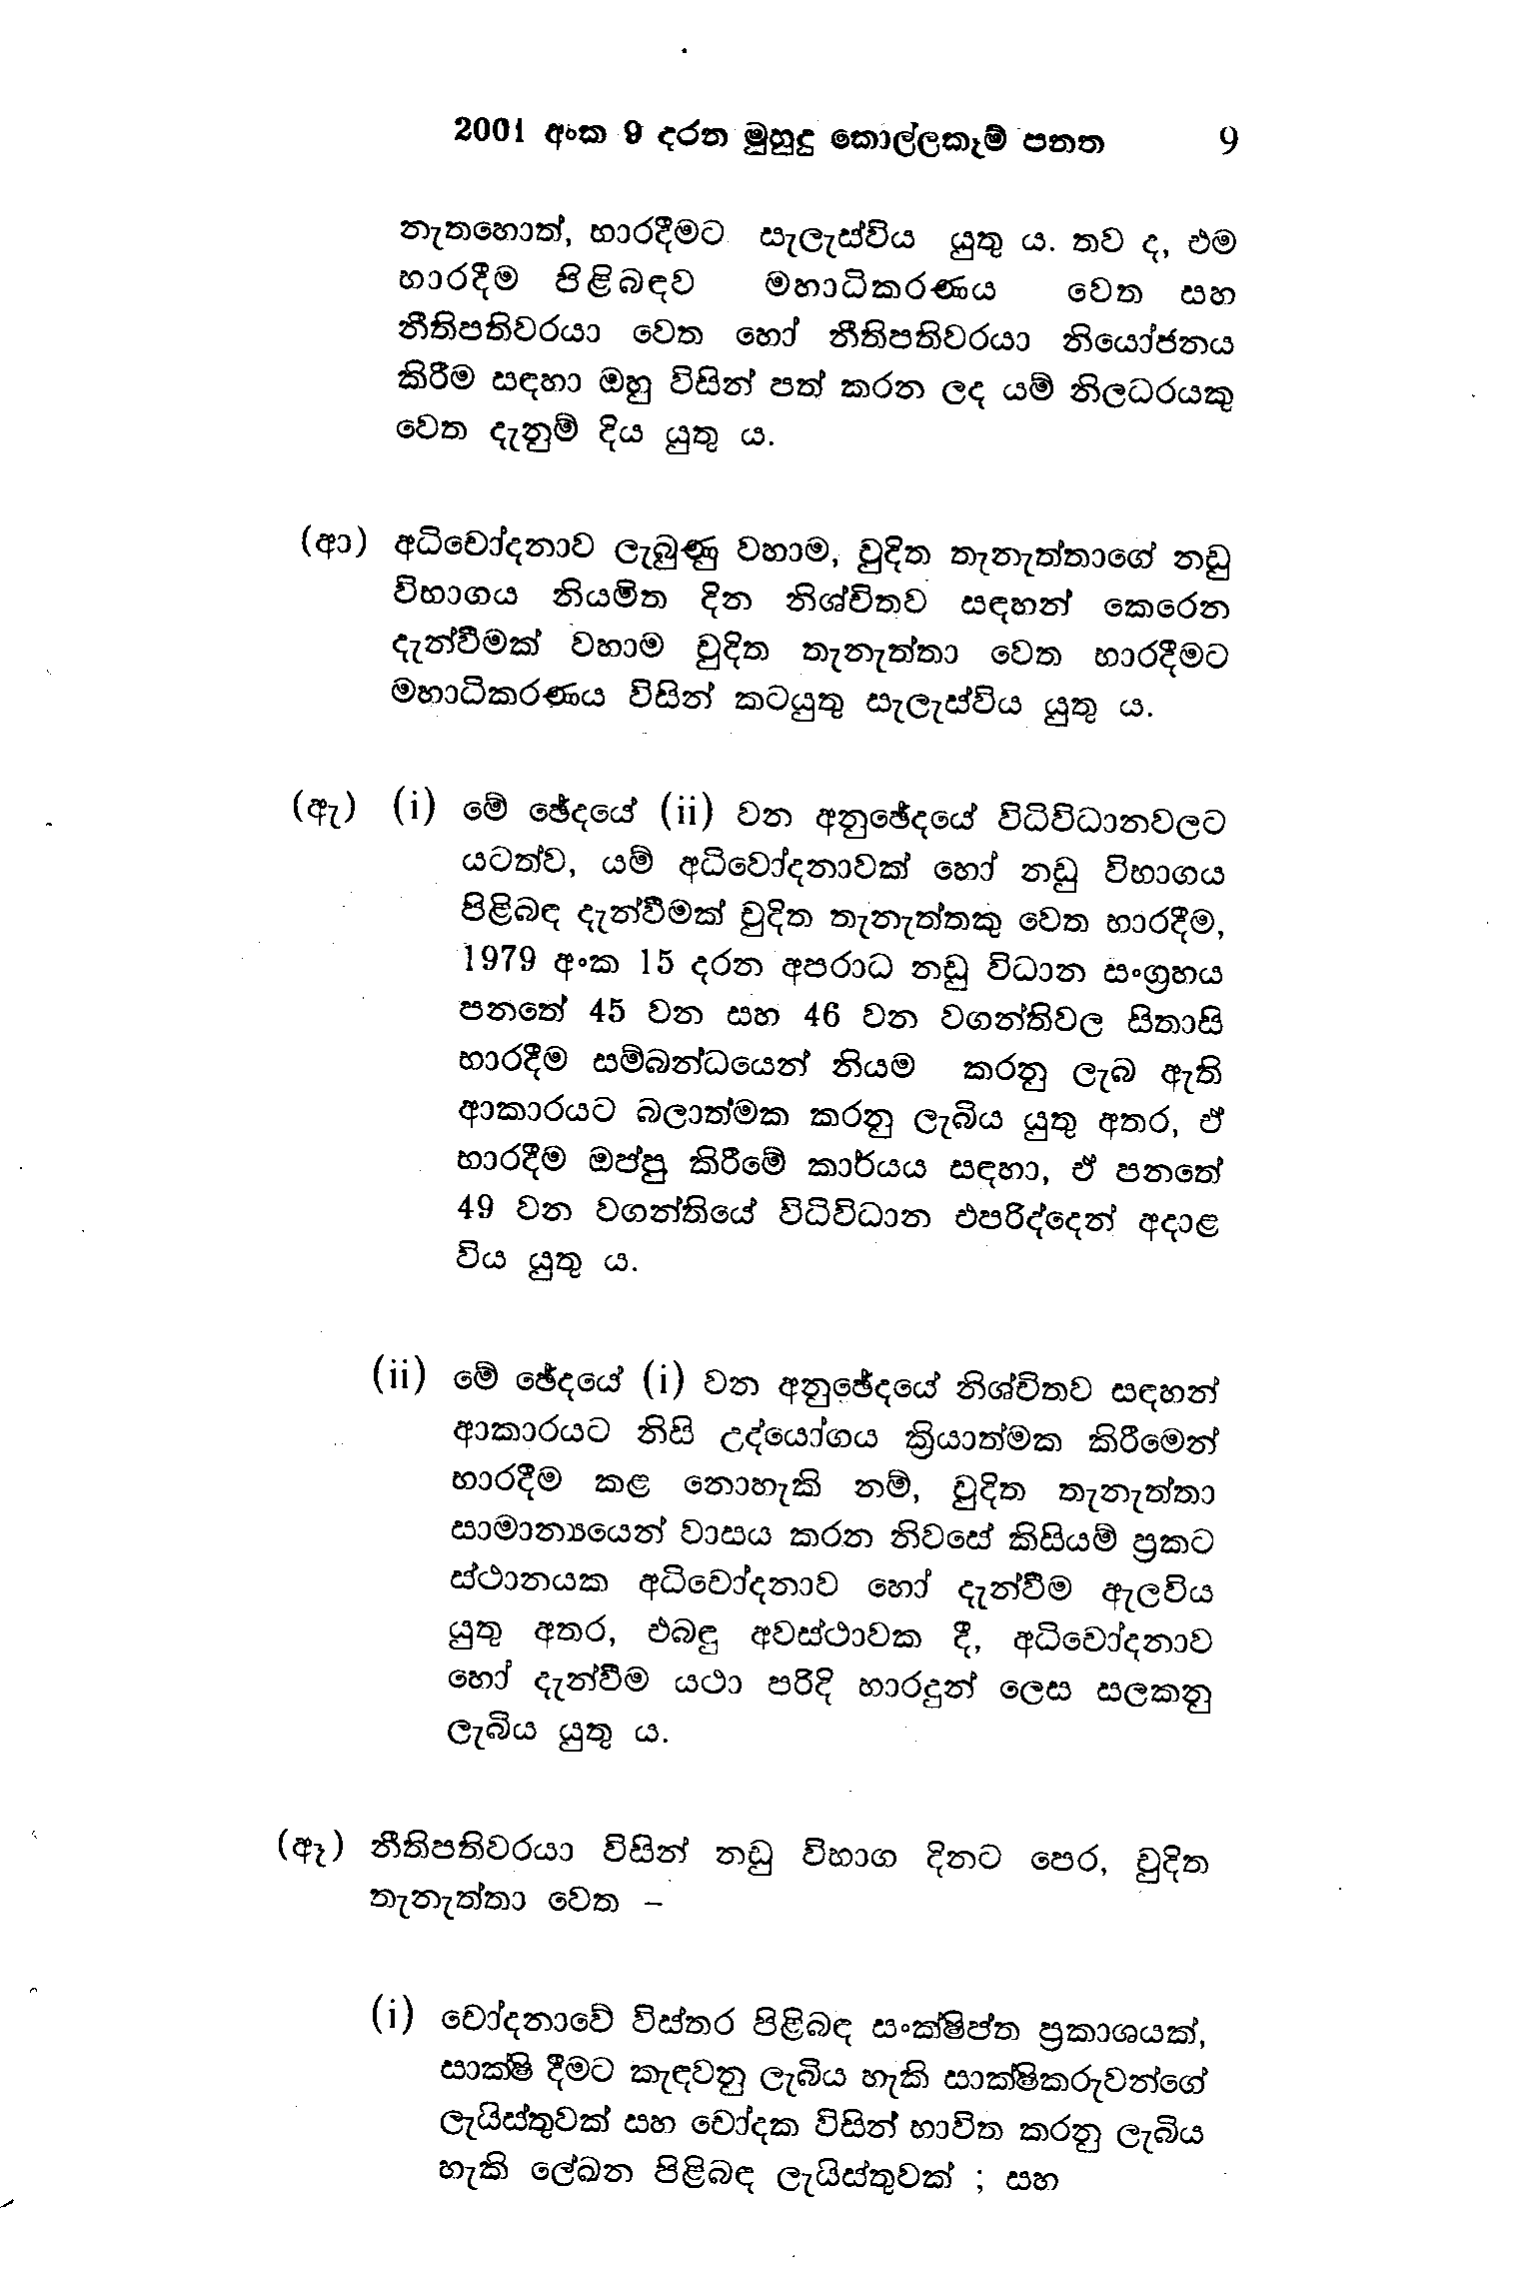
2001 අංක 9 දරන මුහුදු කොල්ලකෑම් පනත 9

නැතහොත්, භාරදීමට සැලැස්විය යුතු ය. තව ද, එම
භාරදීම පිළිබඳව මහාධිකරණය වෙත සහ
නීතිපතිවරයා වෙත හෝ නීතිපතිවරයා නියෝජනය
කිරීම සඳහා ඔහු විසින් පත් කරන ලද යම් නිලධරයකු
වෙත දැනුම් දිය යුතු ය.

(ආ) අධිචෝදනාව ලැබුණු වහාම, වුදිත තැනැත්තාගේ නඩු
විභාගය නියමිත දින නිශ්චිතව සඳහන් කෙරෙන
දැන්වීමක් වහාම චුදිත තැනැත්තා වෙත භාරදීමට
මහාධිකරණය විසින් කටයුතු සැලැස්විය යුතු ය.

(ඇ) (i) මේ ඡේදයේ (ii) වන අනුඡේදයේ විධිවිධානවලට
යටත්ව, යම් අධිවෝදනාවක් හෝ නඩු විභාගය
පිළිබඳ දැන්වීමක් චුදිත තැනැත්තකු වෙත භාරදීම,
1979 අංක 15 දරන අපරාධ නඩු විධාන සංග්‍රහය
පනතේ 45 වන සහ 46 වන වගන්තිවල සිතාසි
භාරදීම සම්බන්ධයෙන් නියම කරනු ලැබ ඇති
ආකාරයට බලාත්මක කරනු ලැබිය යුතු අතර, ඒ
භාරදීම ඔප්පු කිරීමේ කාර්යය සඳහා, ඒ පනතේ
49 වන වගන්තියේ විධිවිධාන එපරිද්දෙන් අදාළ
විය යුතු ය.

(ii) මේ ඡේදයේ (i) වන අනුඡේදයේ නිශ්චිතව සඳහන්
ආකාරයට නිසි උද්යෝගය ක්‍රියාත්මක කිරීමෙන්
භාරදීම කළ නොහැකි නම්, චුදිත තැනැත්තා
සාමාන්‍යයෙන් වාසය කරන නිවසේ කිසියම් ප්‍රකට
ස්ථානයක අධිචෝදනාව හෝ දැන්වීම ඇලවිය
යුතු අතර, එබඳු අවස්ථාවක දී, අධිචෝදනාව
හෝ දැන්වීම යථා පරිදි හාරදුන් ලෙස සලකනු
ලැබිය යුතු ය.

(ඈ) නීතිපතිවරයා විසින් නඩු විභාග දිනට පෙර, චුදිත
තැනැත්තා වෙත -

(i) චෝදනාවේ විස්තර පිළිබඳ සංක්ෂිප්ත ප්‍රකාශයක්,
සාක්ෂි දීමට කැඳවනු ලැබිය හැකි සාක්ෂිකරුවන්ගේ
ලැයිස්තුවක් සහ චෝදක විසින් භාවිත කරනු ලැබිය
හැකි ලේඛන පිළිබඳ ලැයිස්තුවක් ; සහ